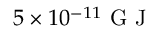
5 \times 1 0 ^ { - 1 1 } \mathrm { ~ G ~ J ~ }